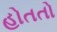
હોતતો